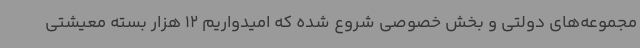
مجموعه‌های دولتی و بخش خصوصی شروع شده که امیدواریم 12 هزار بسته معیشتی